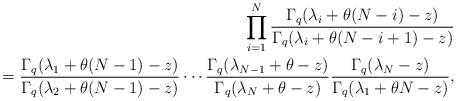
LaTeX: \begin{align*}\prod_{i=1}^N{\frac{\Gamma_q(\lambda_i + \theta(N-i)-z)}{\Gamma_q(\lambda_i + \theta(N-i+1)-z)}}\\ \qquad{} = \frac{\Gamma_q(\lambda_1 + \theta(N-1) - z)}{\Gamma_q(\lambda_2 + \theta(N-1)-z)}\cdots\frac{\Gamma_q(\lambda_{N-1} + \theta - z)}{\Gamma_q(\lambda_N + \theta-z)}\frac{\Gamma_q(\lambda_N - z)}{\Gamma_q(\lambda_1 + \theta N - z)},\end{align*}